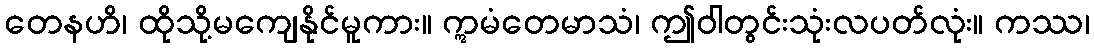
တေနဟိ၊ ထိုသို့မကျေနိုင်မူကား။ ဣမံတေမာသံ၊ ဤဝါတွင်းသုံးလပတ်လုံး။ ကဿ၊